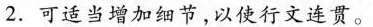
2.可适当增加细节，以使行文连贯。